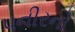
પનીરનો